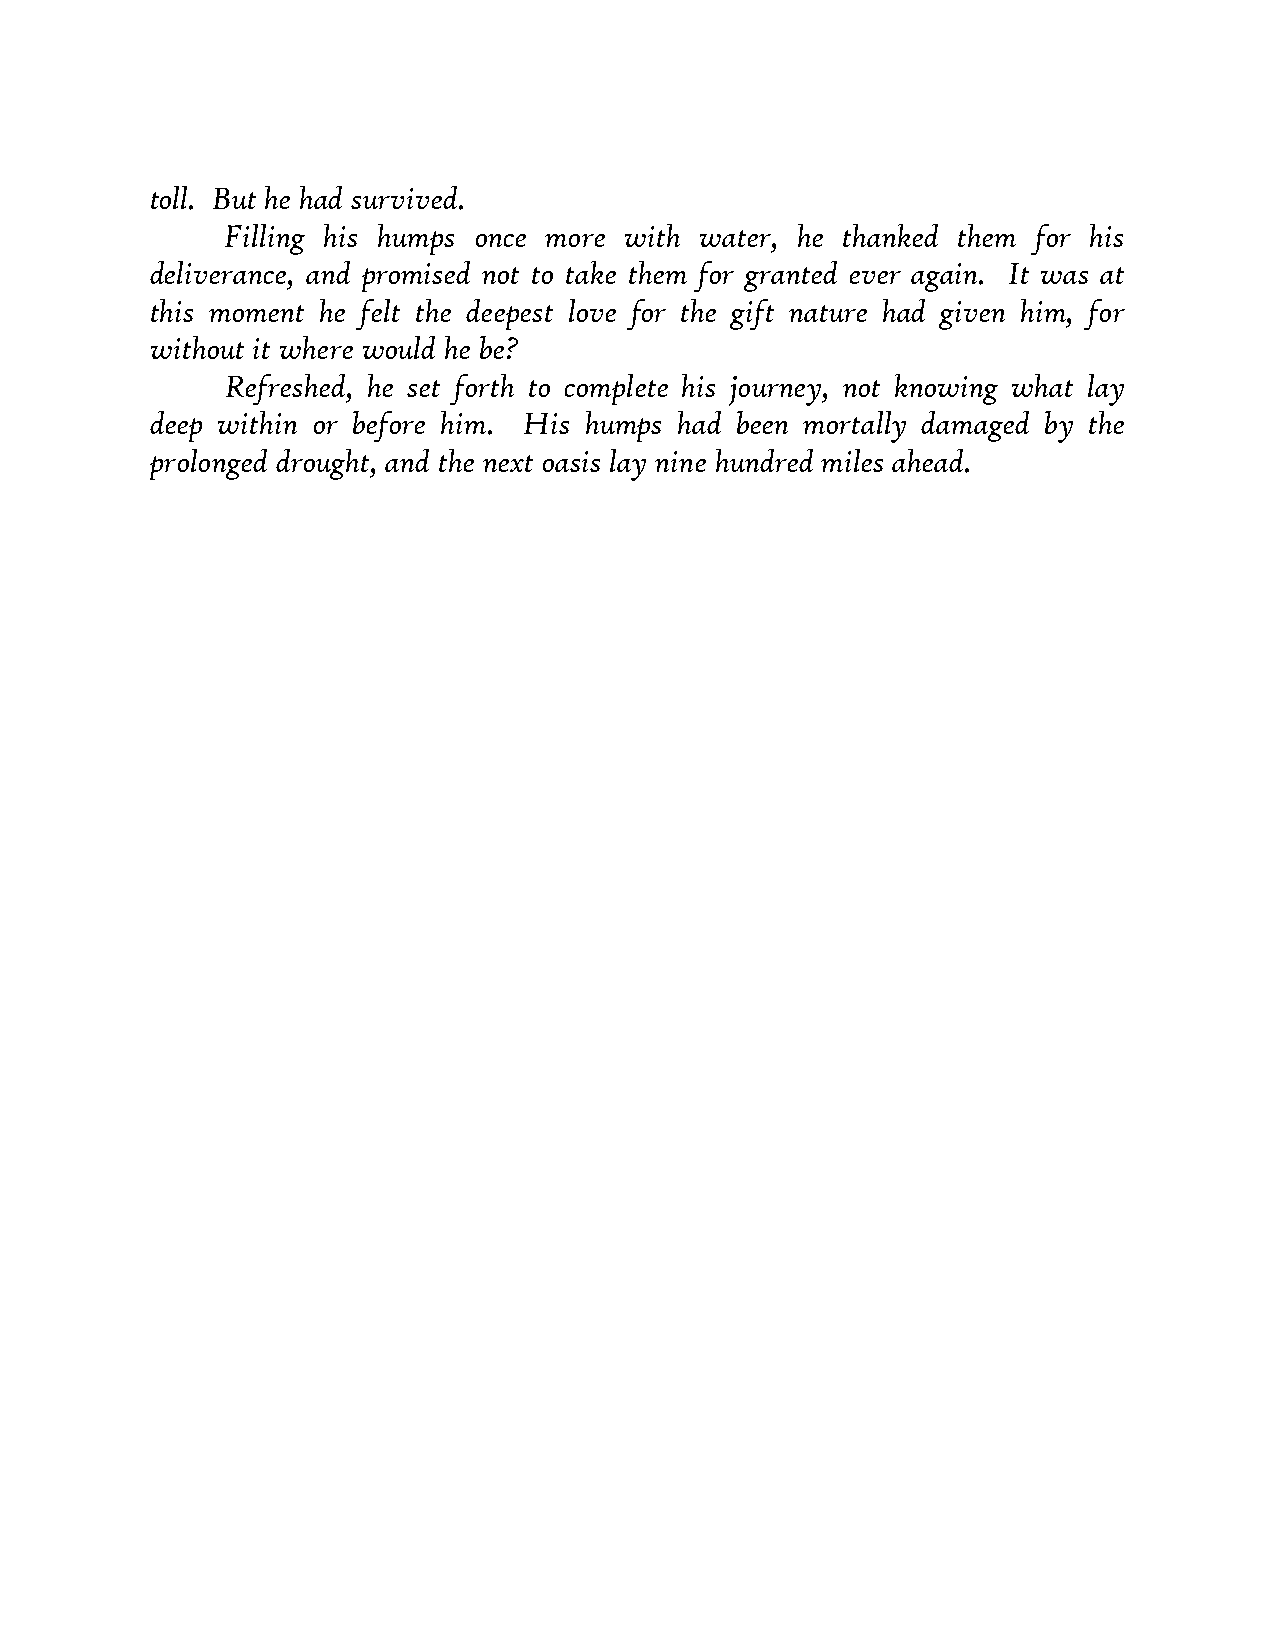
toll. But he had survived.
 Filling his humps once more with water, he thanked them for his
 deliverance, and promised not to take them for granted ever again. It was at
 this moment he felt the deepest love for the gift nature had given him, for
 without it where would he be?
 Refreshed, he set forth to complete his journey, not knowing what lay
 deep within or before him. His humps had been mortally damaged by the
 prolonged drought, and the next oasis lay nine hundred miles ahead.